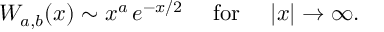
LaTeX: W _ { a , b } ( x ) \sim x ^ { a } \, e ^ { - x / 2 } ~ ~ ~ ~ \mathrm { f o r } ~ ~ ~ ~ | x | \rightarrow \infty .